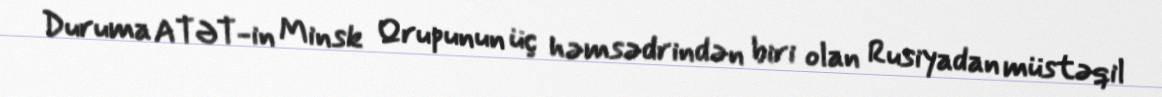
Duruma ATƏT-in Minsk Qrupunun üç həmsədrindən biri olan Rusiyadan müstəqil